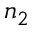
n _ { 2 }